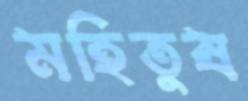
মহিতুষ